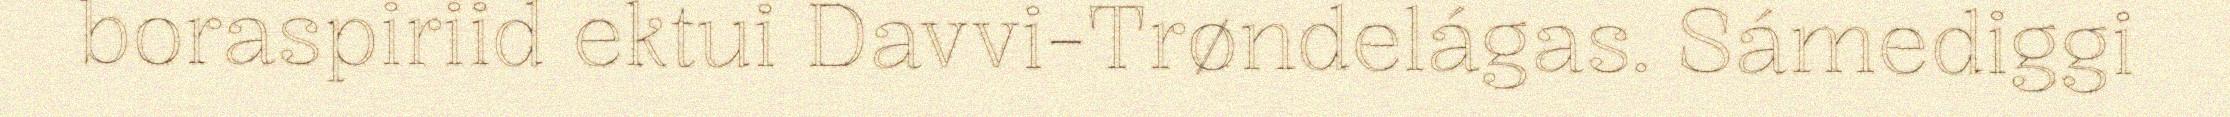
boraspiriid ektui Davvi-Trøndelágas. Sámediggi